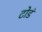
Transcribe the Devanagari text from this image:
टोडं